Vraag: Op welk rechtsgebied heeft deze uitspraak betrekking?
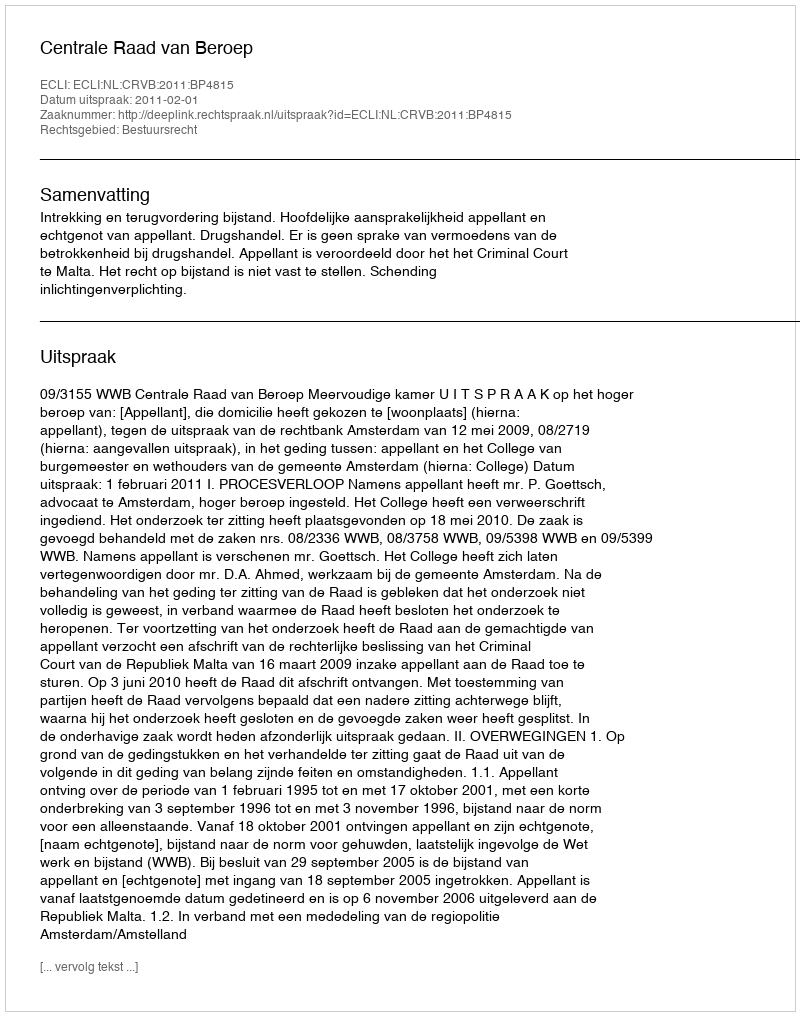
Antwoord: Bestuursrecht